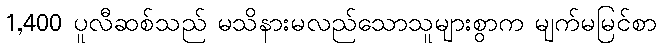
1,400 ပူလီဆစ်သည် မသိနားမလည်သောသူများစွာက မျက်မမြင်စာ